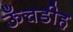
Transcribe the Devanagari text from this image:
ऊँचडीह